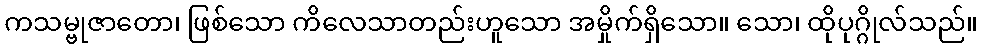
ကသမ္ဗုဇာတော၊ ဖြစ်သော ကိလေသာတည်းဟူသော အမှိုက်ရှိသော။ သော၊ ထိုပုဂ္ဂိုလ်သည်။